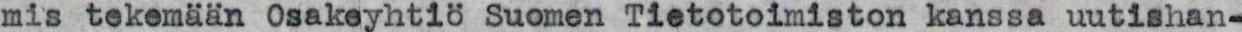
mis tekemään Osakeyhtiö Suomen Tietotoimiston kanssa uutishan-